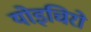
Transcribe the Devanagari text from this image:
योइचिरो